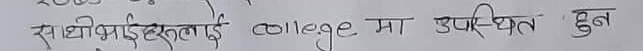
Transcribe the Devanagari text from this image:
साथीभाईहरुलाई college मा उपस्थित हुन